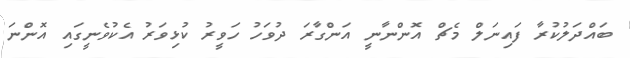
ބައްދަލުކުރާ ފައިނަލް މެޗް އޮންނާނީ އަންގާރަ ދުވަހު ހަވީރު ކުޅިވަރު އެކުވެނީގައި އޮންނަ